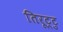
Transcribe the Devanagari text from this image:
तिरूट्टु